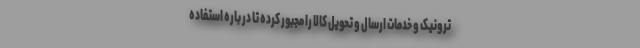
ترونیک و خدمات ارسال و تحویل کالا را مجبور کرده تا در باره استفاده